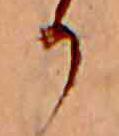
か